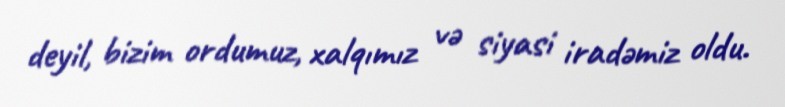
deyil, bizim ordumuz, xalqımız və siyasi iradəmiz oldu.